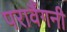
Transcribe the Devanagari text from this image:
परावैंगनी